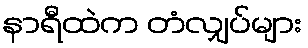
နာရီထဲက တံလျှပ်များ